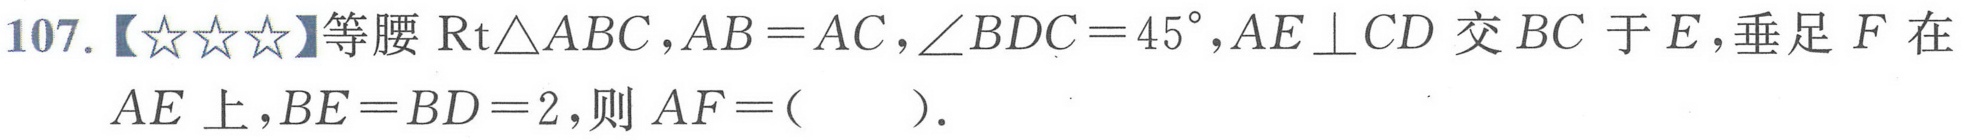
107.【\(☆☆☆\)】等腰\(\text{Rt}\triangle ABC\)，\(AB = AC\)，\(\angle BDC = 45^{\circ}\)，\(AE\perp CD\)交\(BC\)于\(E\)，垂足\(F\)在\(AE\)上，\(BE = BD = 2\)，则\(AF = (\quad)\)．